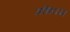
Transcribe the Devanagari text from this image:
अधियज्ञ